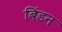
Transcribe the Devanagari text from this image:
बिंडन